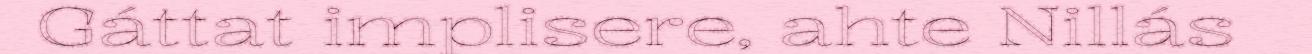
Gáttat implisere, ahte Nillás